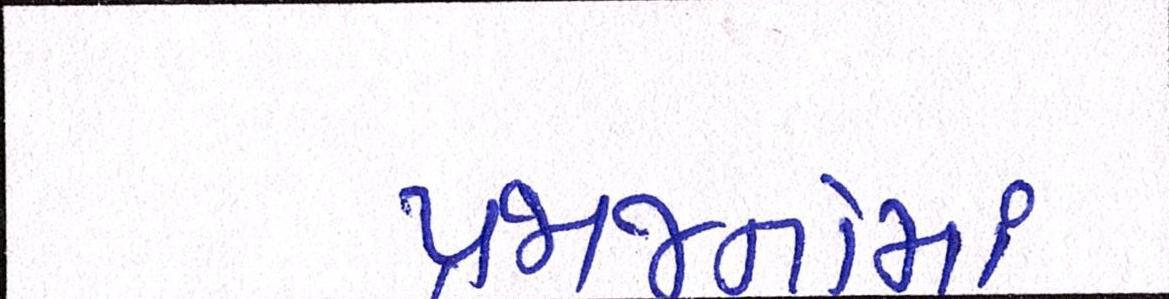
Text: પ્રજાજનોમાં